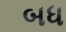
બધ